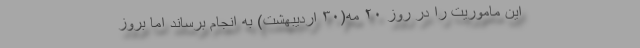
این ماموریت را در روز ۲۰ مه(۳۰ اردیبهشت) به انجام برساند اما بروز